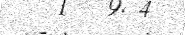
- .